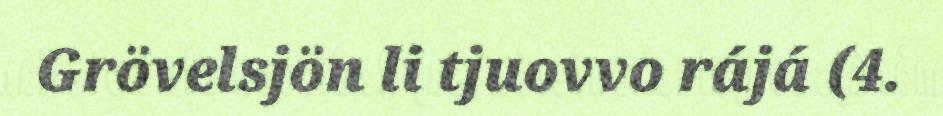
Grövelsjön li tjuovvo rájá (4.